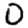
Digit: 0